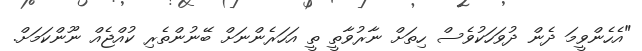
"އެހެންވީމަ ދެން ދުވަހަކުވެސް ހިތަށް ނާރުވާތީ ތީ އަހަރެންނަށް ބޭނުންތެރި ކުއްޖެއް ނޫންކަމަށް.